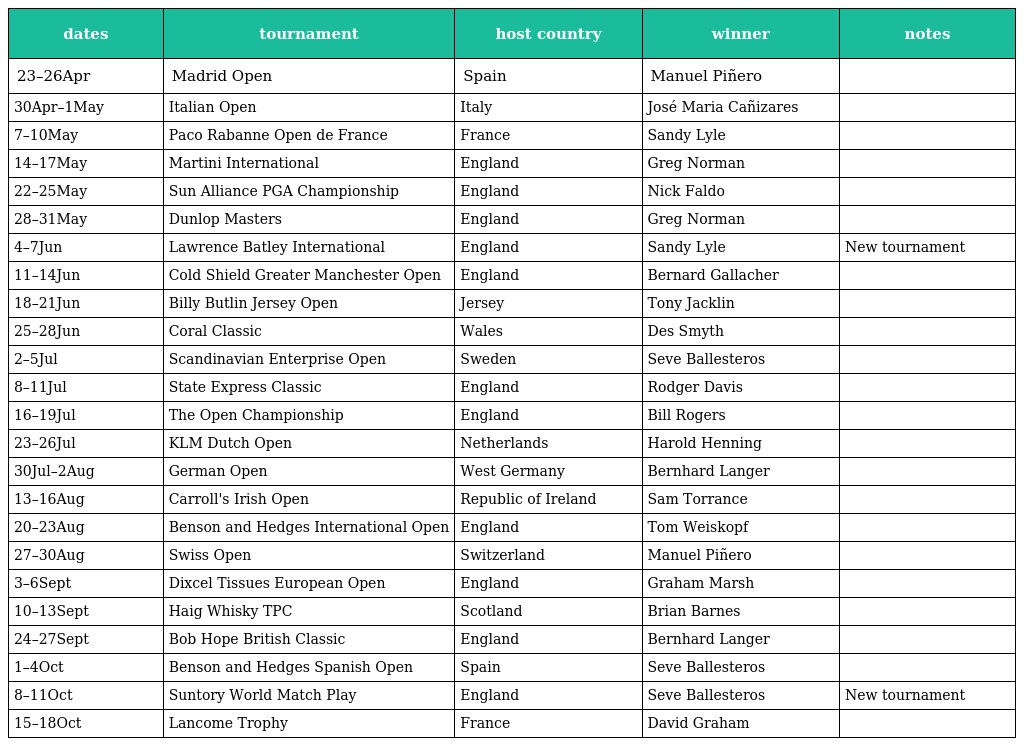
| dates | tournament | host country | winner | notes |
 | --- | --- | --- | --- | --- |
 | 23–26Apr | Madrid Open | Spain | Manuel Piñero |  |
 | 30Apr–1May | Italian Open | Italy | José Maria Cañizares |  |
 | 7–10May | Paco Rabanne Open de France | France | Sandy Lyle |  |
 | 14–17May | Martini International | England | Greg Norman |  |
 | 22–25May | Sun Alliance PGA Championship | England | Nick Faldo |  |
 | 28–31May | Dunlop Masters | England | Greg Norman |  |
 | 4–7Jun | Lawrence Batley International | England | Sandy Lyle | New tournament |
 | 11–14Jun | Cold Shield Greater Manchester Open | England | Bernard Gallacher |  |
 | 18–21Jun | Billy Butlin Jersey Open | Jersey | Tony Jacklin |  |
 | 25–28Jun | Coral Classic | Wales | Des Smyth |  |
 | 2–5Jul | Scandinavian Enterprise Open | Sweden | Seve Ballesteros |  |
 | 8–11Jul | State Express Classic | England | Rodger Davis |  |
 | 16–19Jul | The Open Championship | England | Bill Rogers |  |
 | 23–26Jul | KLM Dutch Open | Netherlands | Harold Henning |  |
 | 30Jul–2Aug | German Open | West Germany | Bernhard Langer |  |
 | 13–16Aug | Carroll's Irish Open | Republic of Ireland | Sam Torrance |  |
 | 20–23Aug | Benson and Hedges International Open | England | Tom Weiskopf |  |
 | 27–30Aug | Swiss Open | Switzerland | Manuel Piñero |  |
 | 3–6Sept | Dixcel Tissues European Open | England | Graham Marsh |  |
 | 10–13Sept | Haig Whisky TPC | Scotland | Brian Barnes |  |
 | 24–27Sept | Bob Hope British Classic | England | Bernhard Langer |  |
 | 1–4Oct | Benson and Hedges Spanish Open | Spain | Seve Ballesteros |  |
 | 8–11Oct | Suntory World Match Play | England | Seve Ballesteros | New tournament |
 | 15–18Oct | Lancome Trophy | France | David Graham |  |